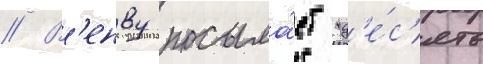
// В'енву посыла́ет "д'е́с'ять